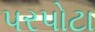
પરપોટા